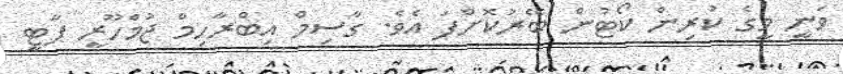
ވަނީ މީގެ ކުރިން ކޯޓުން ބޭރުކޮށްފަ އެވެ. ގާސިމް އިބްރާހިމް ޖުމްހޫރީ ޕާޓީ